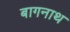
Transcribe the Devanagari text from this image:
बागनाथ